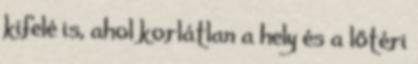
kifelé is, ahol korlátlan a hely és a lőtéri